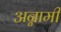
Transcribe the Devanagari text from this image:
अन्नामी